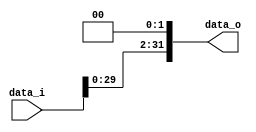
//, 0416001 ,  , 0416225
//Subject:      CO project 2 - Shift_Left_Two_32
//--------------------------------------------------------------------------------
//Version:     1
//--------------------------------------------------------------------------------
//Description: 
//--------------------------------------------------------------------------------

module Shift_Left_Two_32(
    data_i,
    data_o
    );

//I/O ports                    
input [32-1:0] data_i;
output [32-1:0] data_o;

//shift left 2
assign data_o[31:0] = (data_i << 2) ;
endmodule